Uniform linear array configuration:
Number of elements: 4
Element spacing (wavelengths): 0.25
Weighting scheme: blackman
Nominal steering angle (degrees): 45
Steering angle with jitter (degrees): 44.66
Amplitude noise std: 0.05
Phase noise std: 0.05

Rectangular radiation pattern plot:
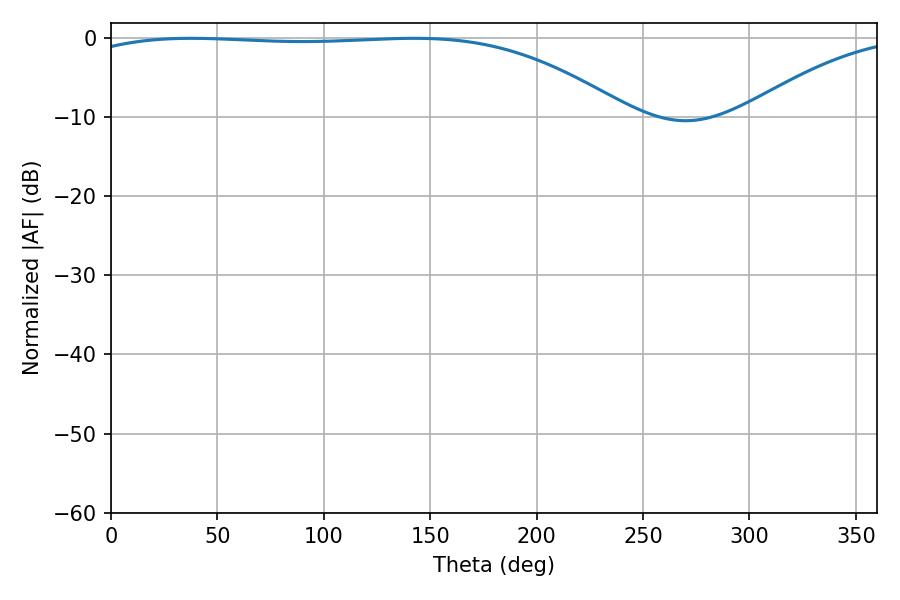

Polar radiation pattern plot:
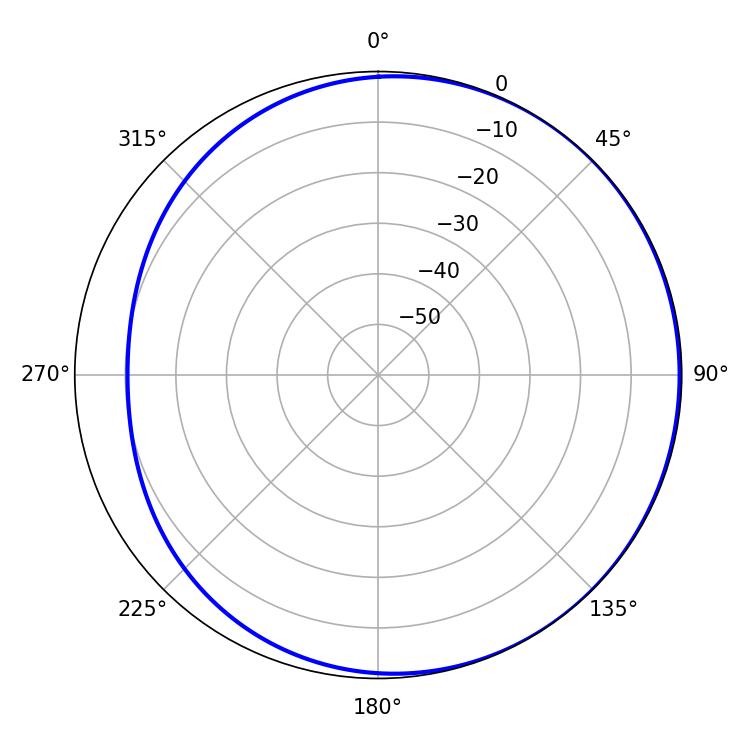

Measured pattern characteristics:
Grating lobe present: FALSE
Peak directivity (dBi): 1.372
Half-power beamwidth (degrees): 202.86
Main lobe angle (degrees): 37.62